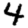
Digit: 4